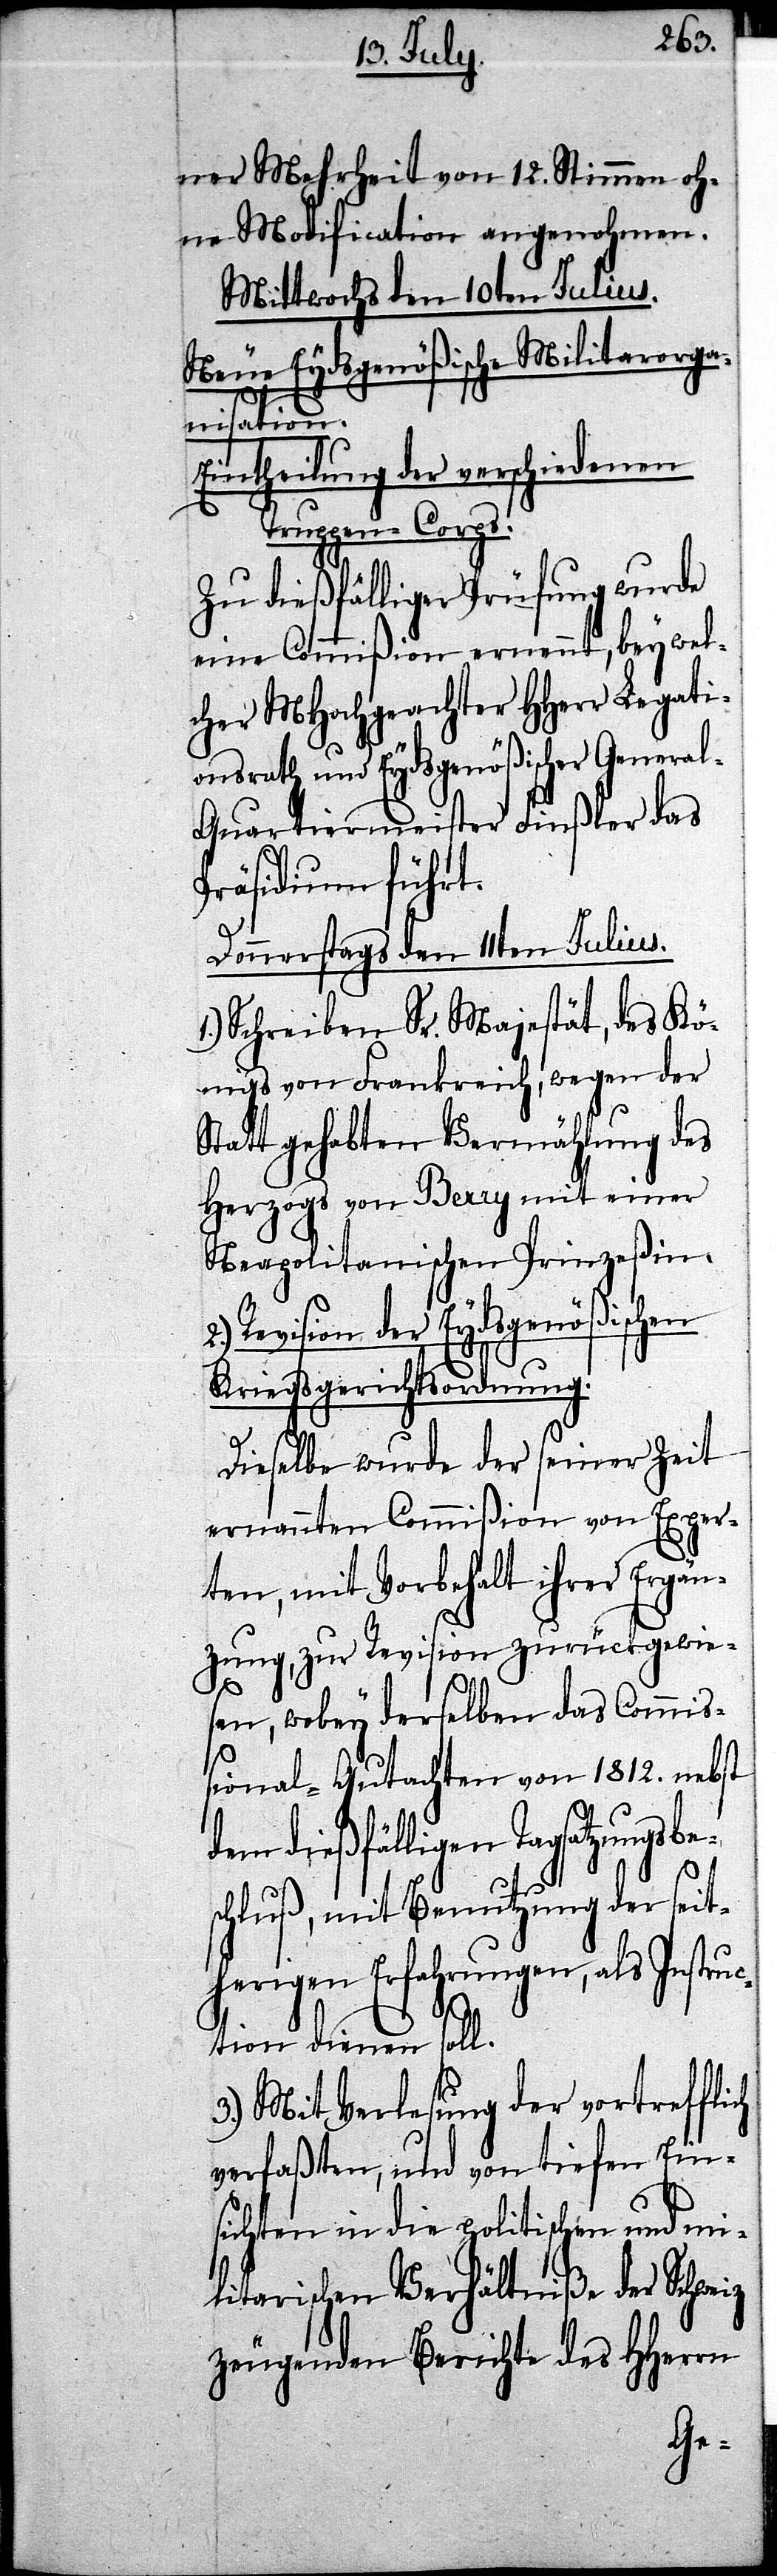
ner Mehrheit von 12. Stimmen oh¬
ne Modification angenohmen.
Mittwochs den 10ten Julius.
Neue Eydsgenößische Militarorga¬
nisation.
Eintheilung der verschiedenen
Truppen-Corps.
Zu dießfälliger Prüfung wurde
eine Commißion ernennt, bey wel¬
cher MHochgeachter HHerr Legati¬
onsrath und Eydsgenößischer Genera¬
l-Quartiermeister Finßler das
Präsidium führt.
Donnerstags den 11ten Julius.
Schreiben Sr. Majestät, des Kö¬
nigs von Frankreich, wegen der
Statt gehabten Vermählung des
Herzogs von Berry mit einer
Neapolitanischen Prinzeßin.
2.) Revision der Eydgenößischen
Kriegsgerichtsordnung.
Dieselbe wurde der seiner Zeit
ernannten Commißion von Exper¬
ten, mit Vorbehalt ihrer Ergän¬
zung, zur Revision zurückgewie¬
sen, wobey derselbe das Commiß¬
ional-Gutachten von 1812. nebst
dem dießfälligen Tagsatzungsbe¬
schluß, mit Benutzung der seit¬
herigen Erfahrungen, als Instruc¬
tion dienen soll.
3.) Mit Verlesung der vortrefflich
verfaßten, und von tiefen Ein¬
sichten in die politischen und mi¬
litarischen Verhältniße der Schweiz
zeugenden Berichte des HHerrn